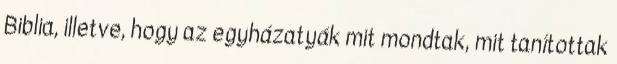
Biblia, illetve, hogy az egyházatyák mit mondtak, mit tanítottak